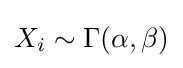
X_{i}\sim \operatorname {\Gamma } (\alpha ,\beta )